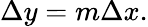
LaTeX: \Delta y=m\Delta x.